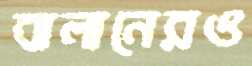
বালানেরও